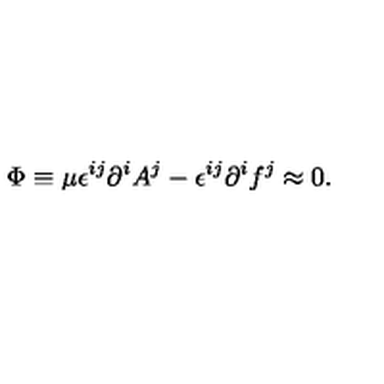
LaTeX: \Phi \equiv \mu \epsilon ^ { i j } \partial ^ { i } A ^ { j } - \epsilon ^ { i j } \partial ^ { i } f ^ { j } \approx 0 .